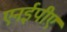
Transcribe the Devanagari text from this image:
एनईपीए